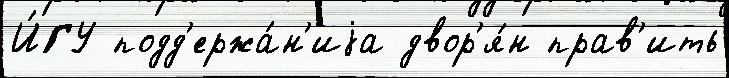
И́ГУ подд'ержа́н'иjа двор'я́н прав'ить